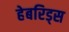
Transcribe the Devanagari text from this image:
हेबरिड्स